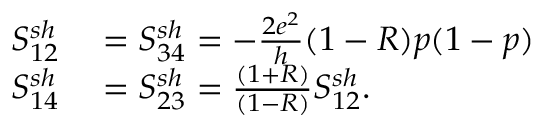
\begin{array} { r l } { { S _ { 1 2 } ^ { s h } } } & { { } = S _ { 3 4 } ^ { s h } = - \frac { 2 e ^ { 2 } } { h } ( 1 - R ) p ( 1 - p ) } \\ { { S _ { 1 4 } ^ { s h } } } & { { } = S _ { 2 3 } ^ { s h } = \frac { ( 1 + R ) } { ( 1 - R ) } S _ { 1 2 } ^ { s h } . } \end{array}